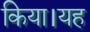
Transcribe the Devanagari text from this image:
किया।यह